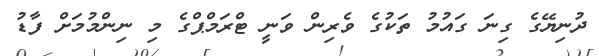
ދުނިޔޭގެ ގިނަ ގައުމު ތަކުގެ ވެރިން ވަނީ ޓްރަމްޕްގެ މި ނިންމުމަށް ފާޑު